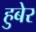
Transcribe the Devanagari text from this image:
हुबेर